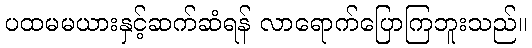
ပထမမယားနှင့်ဆက်ဆံရန် လာရောက်ပြောကြဘူးသည်။